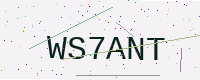
Text: WS7ANT